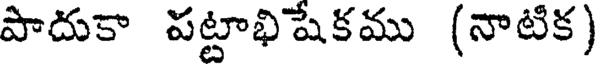
పాదుకా పట్టాభిషేకము (నాటిక)